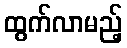
ထွက်လာမည့်